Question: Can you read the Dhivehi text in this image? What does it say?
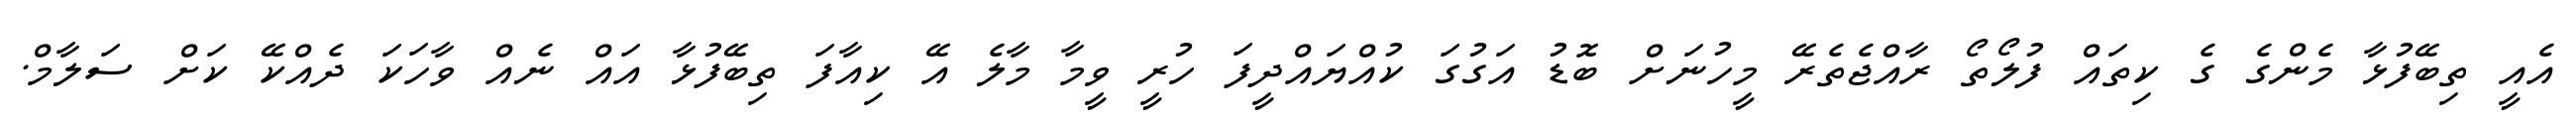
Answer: އެއީ ތިބޭފުޅާ މެންގެ ގެ ކިތައް ފުލޯތޯ ރާއްޖެތެރޭ މީހުނަށް ބޮޑު އަގުގަ ކުއްޔައްދީފަ ހުރީ ވީމާ މާލެ އޭ ކިއާފަ ތިބޭފުޅާ އައް ނެއް ވާހަކަ ދެއްކޭ ކަށް ސަލާމް.